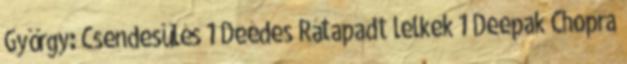
György: Csendesülés 1 Deédes Rátapadt lelkek 1 Deepak Chopra